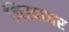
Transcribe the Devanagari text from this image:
जिह्वाघर